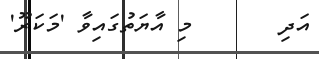
އަދި       މި އާޔަތުގައިވާ 'މަކަރޫ'